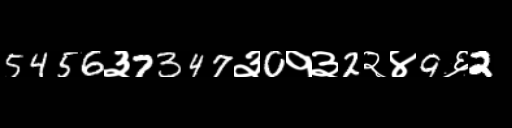
Text: 5456३7347३0१३2२४9६2